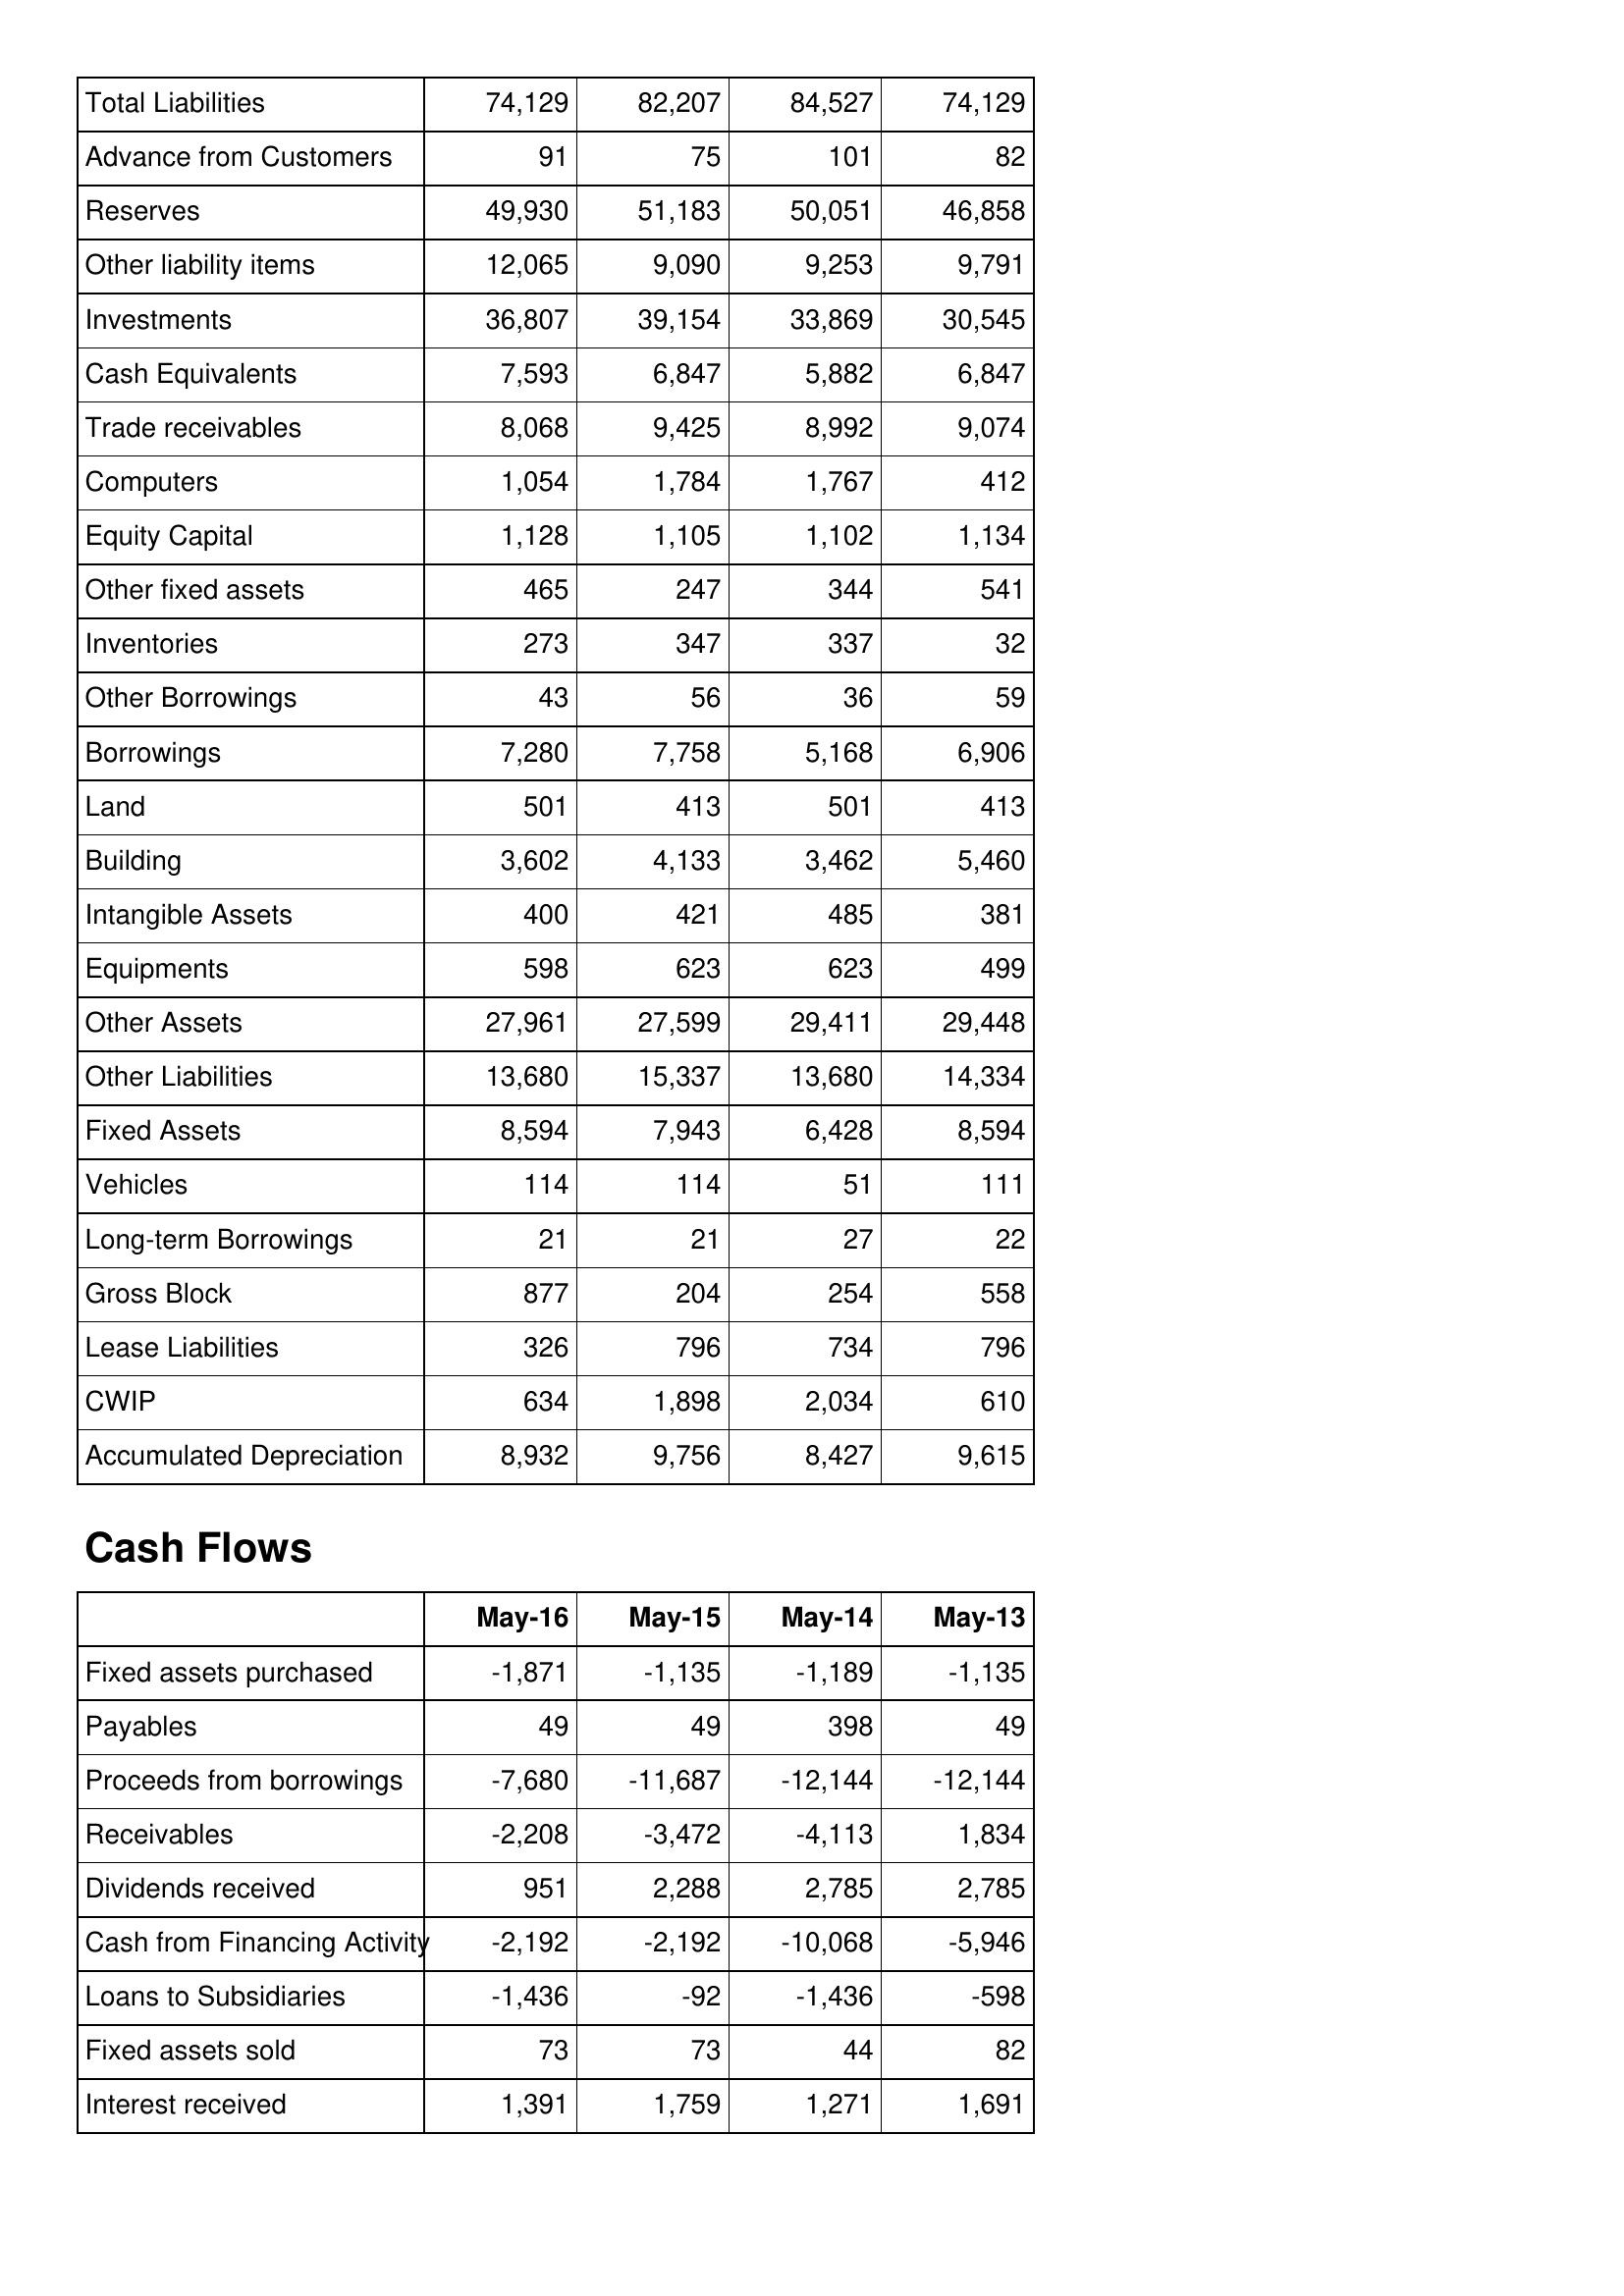
May-16: Balance Sheet: Total Liabilities: 74,129
Advance from Customers: 91
Reserves: 49,930
Other liability items: 12,065
Investments: 36,807
Cash Equivalents: 7,593
Trade receivables: 8,068
Computers: 1,054
Equity Capital: 1,128
Other fixed assets: 465
Inventories: 273
Other Borrowings: 43
Borrowings: 7,280
Land: 501
Building: 3,602
Intangible Assets: 400
Equipments: 598
Other Assets: 27,961
Other Liabilities: 13,680
Fixed Assets: 8,594
Vehicles: 114
Long-term Borrowings: 21
Gross Block: 877
Lease Liabilities: 326
CWIP: 634
Accumulated Depreciation: 8,932
Cash Flows: Fixed assets purchased: -1,871
Payables: 49
Proceeds from borrowings: -7,680
Receivables: -2,208
Dividends received: 951
Cash from Financing Activity: -2,192
Loans to Subsidiaries: -1,436
Fixed assets sold: 73
Interest received: 1,391
May-15: Balance Sheet: Total Liabilities: 82,207
Advance from Customers: 75
Reserves: 51,183
Other liability items: 9,090
Investments: 39,154
Cash Equivalents: 6,847
Trade receivables: 9,425
Computers: 1,784
Equity Capital: 1,105
Other fixed assets: 247
Inventories: 347
Other Borrowings: 56
Borrowings: 7,758
Land: 413
Building: 4,133
Intangible Assets: 421
Equipments: 623
Other Assets: 27,599
Other Liabilities: 15,337
Fixed Assets: 7,943
Vehicles: 114
Long-term Borrowings: 21
Gross Block: 204
Lease Liabilities: 796
CWIP: 1,898
Accumulated Depreciation: 9,756
Cash Flows: Fixed assets purchased: -1,135
Payables: 49
Proceeds from borrowings: -11,687
Receivables: -3,472
Dividends received: 2,288
Cash from Financing Activity: -2,192
Loans to Subsidiaries: -92
Fixed assets sold: 73
Interest received: 1,759
May-14: Balance Sheet: Total Liabilities: 84,527
Advance from Customers: 101
Reserves: 50,051
Other liability items: 9,253
Investments: 33,869
Cash Equivalents: 5,882
Trade receivables: 8,992
Computers: 1,767
Equity Capital: 1,102
Other fixed assets: 344
Inventories: 337
Other Borrowings: 36
Borrowings: 5,168
Land: 501
Building: 3,462
Intangible Assets: 485
Equipments: 623
Other Assets: 29,411
Other Liabilities: 13,680
Fixed Assets: 6,428
Vehicles: 51
Long-term Borrowings: 27
Gross Block: 254
Lease Liabilities: 734
CWIP: 2,034
Accumulated Depreciation: 8,427
Cash Flows: Fixed assets purchased: -1,189
Payables: 398
Proceeds from borrowings: -12,144
Receivables: -4,113
Dividends received: 2,785
Cash from Financing Activity: -10,068
Loans to Subsidiaries: -1,436
Fixed assets sold: 44
Interest received: 1,271
May-13: Balance Sheet: Total Liabilities: 74,129
Advance from Customers: 82
Reserves: 46,858
Other liability items: 9,791
Investments: 30,545
Cash Equivalents: 6,847
Trade receivables: 9,074
Computers: 412
Equity Capital: 1,134
Other fixed assets: 541
Inventories: 32
Other Borrowings: 59
Borrowings: 6,906
Land: 413
Building: 5,460
Intangible Assets: 381
Equipments: 499
Other Assets: 29,448
Other Liabilities: 14,334
Fixed Assets: 8,594
Vehicles: 111
Long-term Borrowings: 22
Gross Block: 558
Lease Liabilities: 796
CWIP: 610
Accumulated Depreciation: 9,615
Cash Flows: Fixed assets purchased: -1,135
Payables: 49
Proceeds from borrowings: -12,144
Receivables: 1,834
Dividends received: 2,785
Cash from Financing Activity: -5,946
Loans to Subsidiaries: -598
Fixed assets sold: 82
Interest received: 1,691